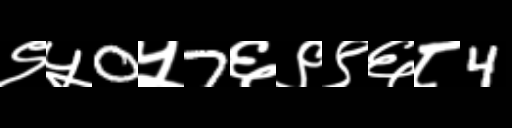
Text: ९५0५7६९९६८4